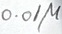
Text: 0.01µ